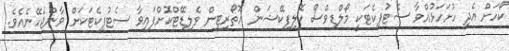
ކޯހަށް އެދި ހުށަހަޅުއްވާ ސެޓުފިކެޓަކީ މޯލްޑިވްސް ކޮލިފިކޭޝަން އޮތޯރިޓީން ވެލިޑޭޓްކޮށްފައިވާ ސެޓުފިކެޓަކަށް ވާންޖެހޭނެއެވެ.